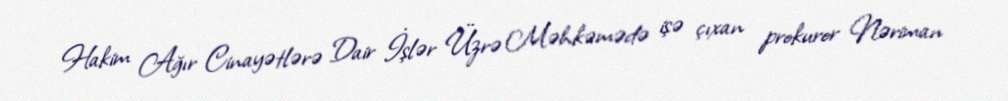
Hakim Ağır Cinayətlərə Dair İşlər Üzrə Məhkəmədə işə çıxan prokuror Nəriman